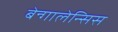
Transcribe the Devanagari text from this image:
बेन्गालेन्सिस